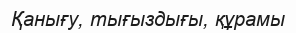
Қанығу, тығыздығы, құрамы